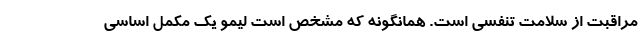
مراقبت از سلامت تنفسی است. همانگونه که مشخص است لیمو یک مکمل اساسی